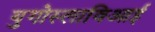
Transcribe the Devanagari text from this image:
युगोस्लाविआई